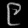
Digit: ၉